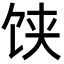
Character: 𩠃